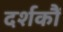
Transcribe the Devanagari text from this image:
दर्शकौं